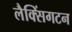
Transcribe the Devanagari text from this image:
लैक्सिंगटन